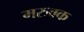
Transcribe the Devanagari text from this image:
मरुवक